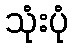
သုံးပုံ